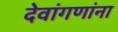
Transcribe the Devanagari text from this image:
देवांगणांना